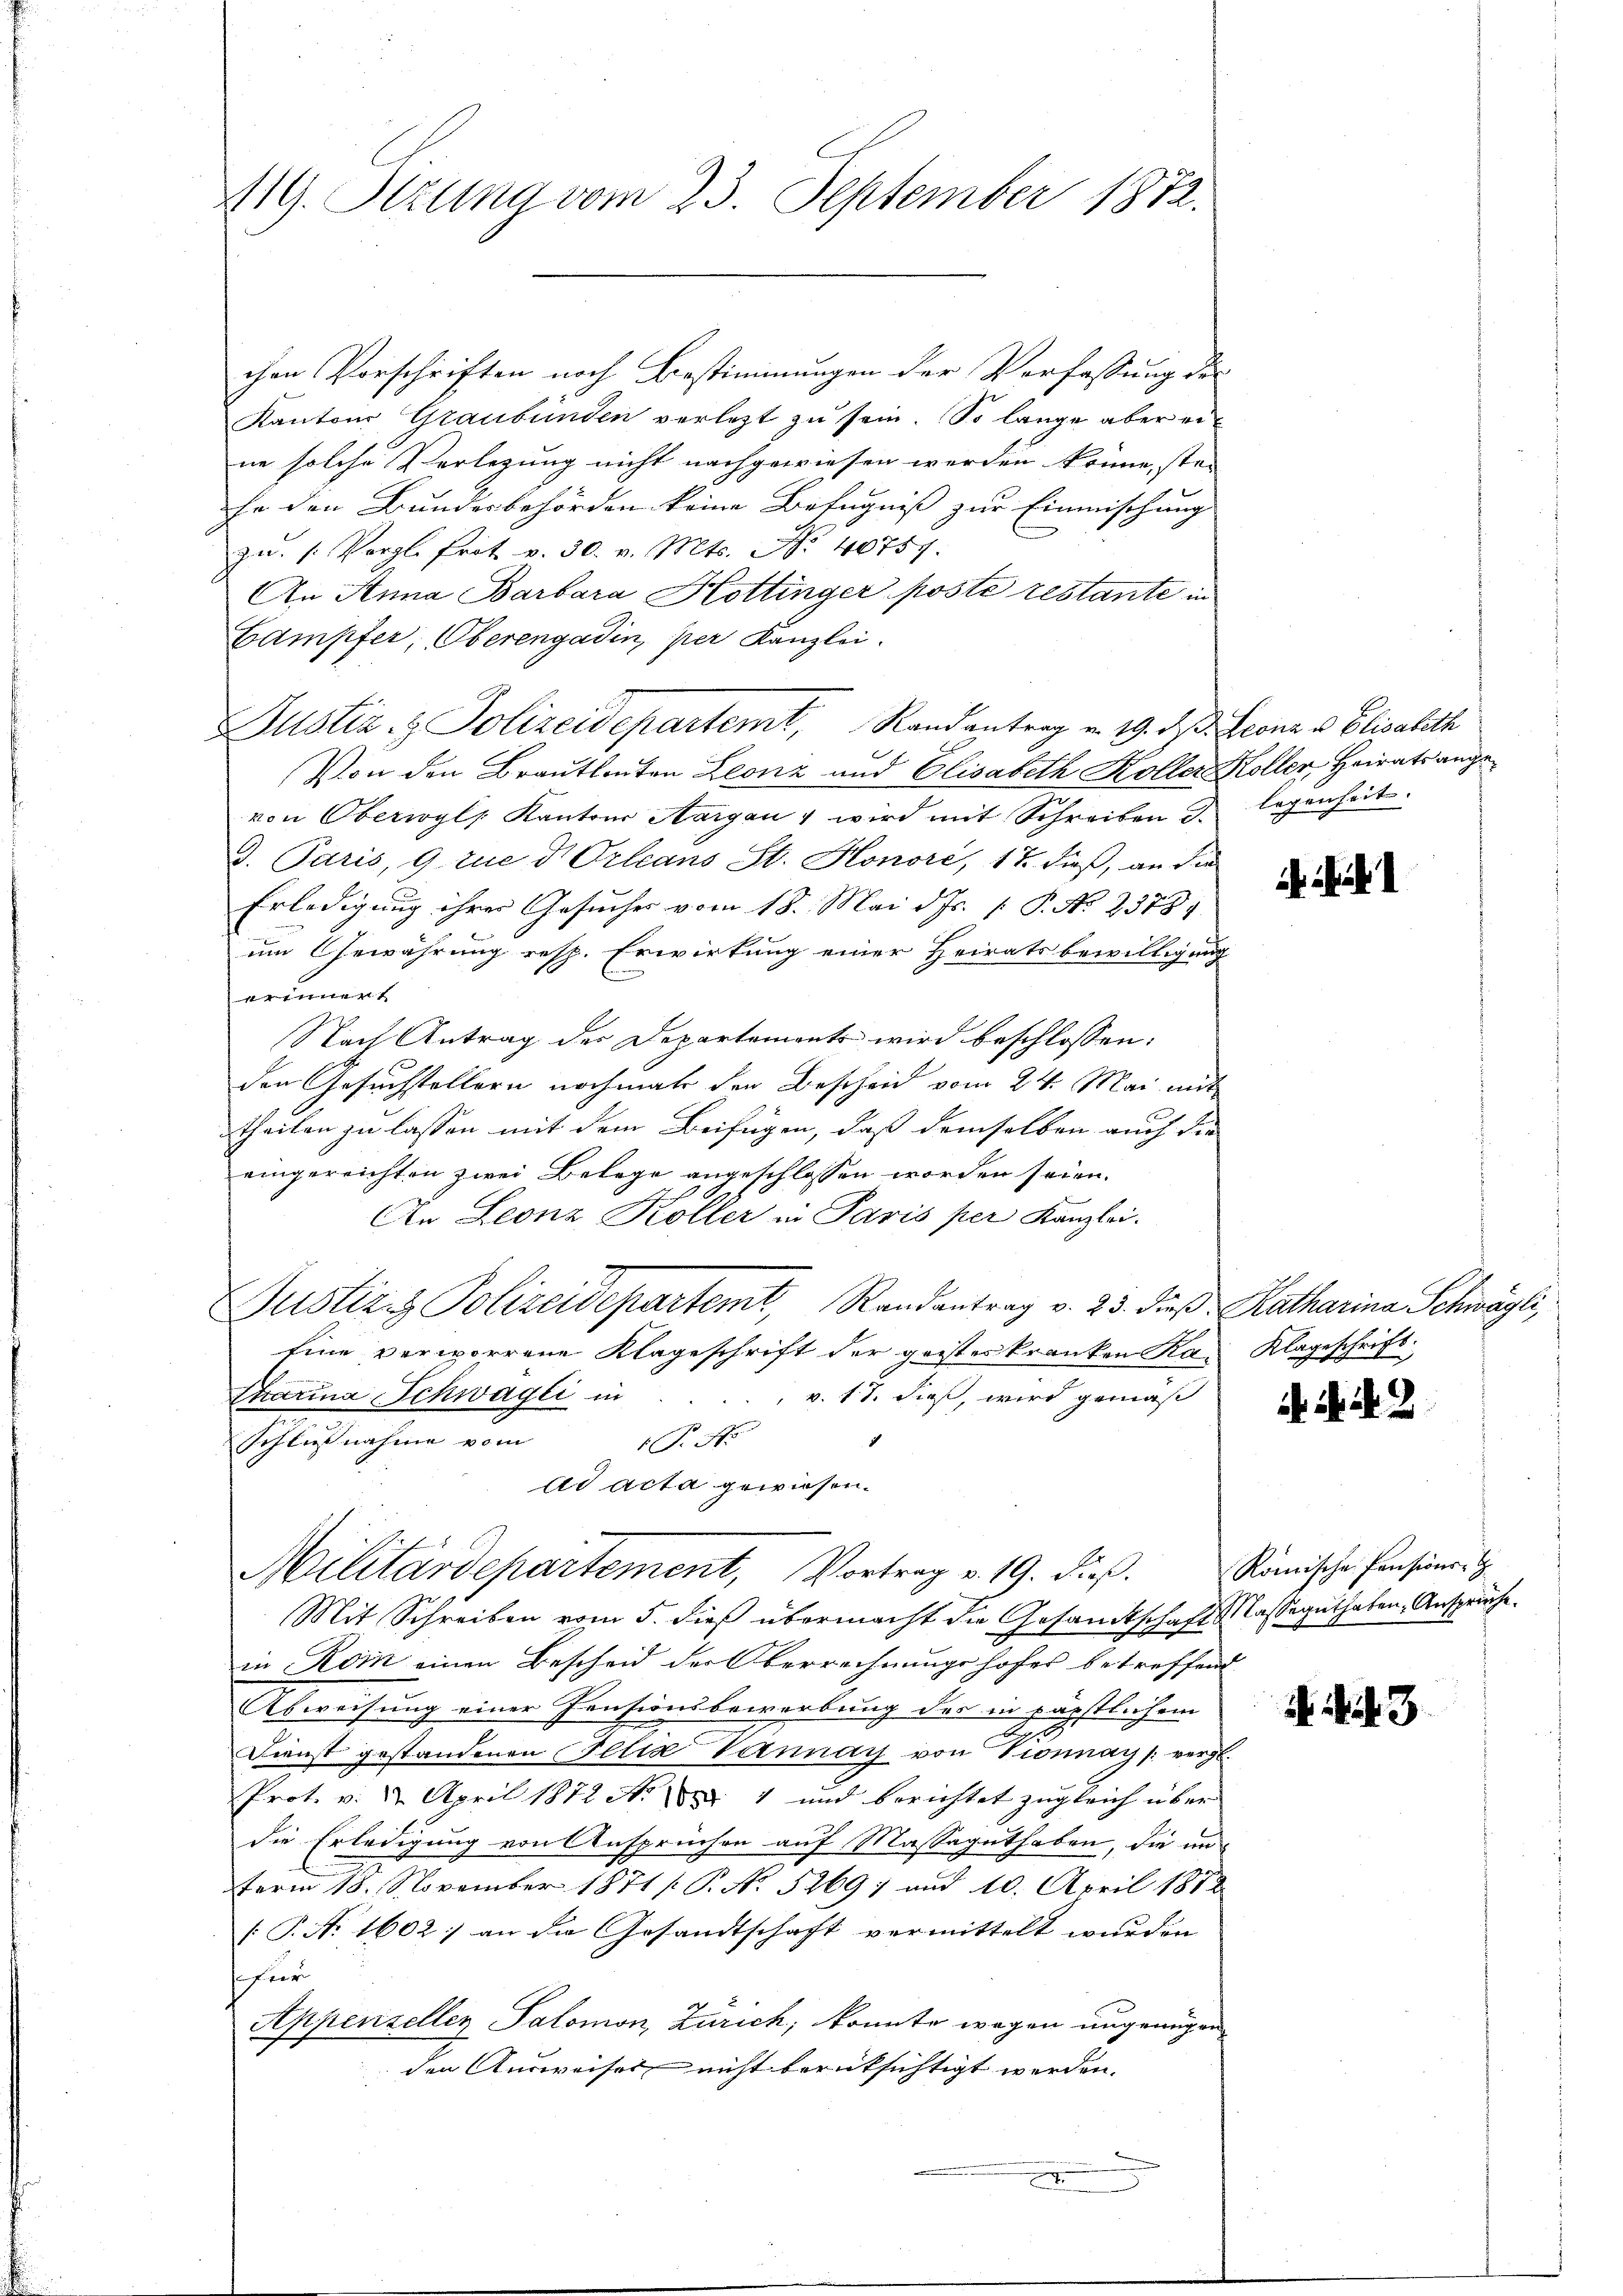
chen Vorschriften noch Bestimmungen der Verfassung der
Kantons Graubünden verletzt zu sein. So lange aber erne solche Verlegung nicht nachgewiesen werden könne, stei
Er den Bundesbehörden keine Befugniß zur Einmischung
zŭ. /: Vergl. Frit v. 30. v. Mts. No. 40757.
An Anna Barbara Hottinger poste restante in
Campfer, Oberengadin, per Kanzlei.
Von den Brautleuten Leonz und Elisabeth Koller Koller, Heiratsangevon Oberwyl, Kantons Aargau, wird mit Schreiben de legenheit.
9. Paris, 9. zue d. Orleans St. Honoré, 17. dieß, an die
Erledigung ihrer Gesuches vom 18. Mai d. Js. [ P. No 23881
um Gewährung resp. Erwirkung einer Heiratsbewilligung
erinnen
Nach Antrag der Departements wird beschlossen:
den Gesuchstellern nochmals den Bescheid vom 24. Mai mit
theilen zu lassen mit dem Beifügen, daß demselben auch die
eingereichten zwei Belege angeschlossen worden seien.
An Leonz Koller in Paris per Kanzlei.
Justiz & Polizeidepartemt, Randantrag v. 23. dieß Katharina Schwägli
Eine verworrene Klageschrift der geisteskranken Ka-Klageschrift
Charina Schwagli in
v. 17. dieß, wird gemäß
Schließ nahme vom
P. Nr.
d
ad acta gewiesen.
Militärdepartement, Vortrag v. 19. dieß.
Mit Schreiben vom 5. dieß übermacht die Gesandtschaft Masseguthaben, Ansprüche.
in Rom einen Bescheid der Oberrechnungshofes betreffend
Abweisung einer Pensionsbewerbung der in päpstlichem
d
Dienst gestandenen Felia Vennay von Vionnay (vergl.
Prot. v. 2. April 1872 No 4 und berichtet zugleich über
die Erledigung von Anspruchen auf Massaguthaben, die un
term 18. November 1871 [ P. N. 5269 und 10. April 1812
[P. Nr. 1602; an die Gesandtschaft vermittelt wurden
sfür
Appenzeller Salomon, Zürich, konnte wegen ungenügen
den Ausweises nicht berücksichtigt werden.
n

119. Sitzung vom 23. September 1872.

Justiz & Polizeidepartemt, Randantrag u. 19. d. Leona v. Elisabeth

. N. N. 2

Römische Pensions-G

. f. 3